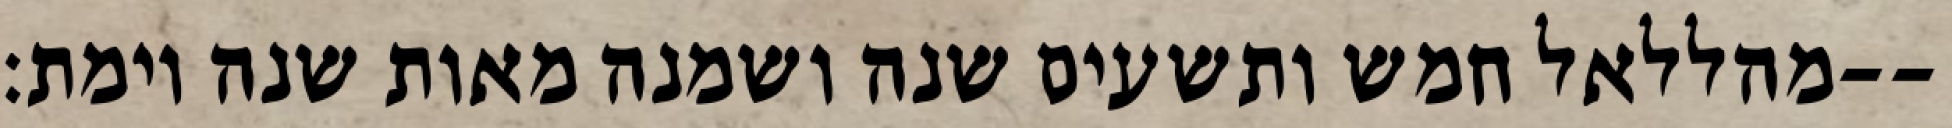
מהללאל חמש ותשעים שנה ושמנה מאות שנה וימת׃--